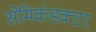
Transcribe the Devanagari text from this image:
सेमिकंडक्‍टर